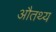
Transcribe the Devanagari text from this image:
औतथ्य